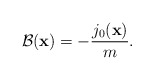
\begin{align*}{\cal B}({\bf x}) = -\frac{j_0({\bf x})}{m}.\end{align*}